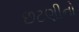
છટણીનો